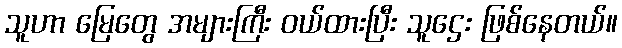
သူဟာ မြေတွေ အများကြီး ဝယ်ထားပြီး သူဌေး ဖြစ်နေတယ်။